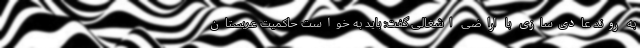
به روند عادی‌سازی با اراضی اشغالی گفت: باید به خواست حاکمیت عربستان